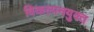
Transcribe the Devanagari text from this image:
विकल्पनयुक्त